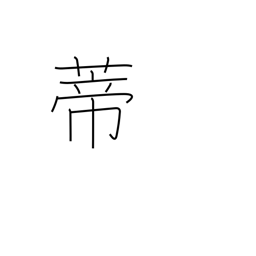
Meaning: peduncle